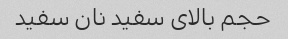
حجم بالای سفید نان سفید